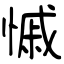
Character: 慽